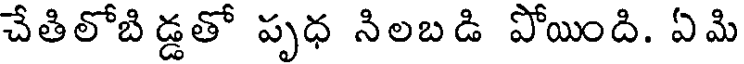
చేతిలోబిడ్డతో పృధ నిలబడి పోయింది. ఏమి